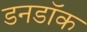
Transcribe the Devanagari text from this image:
डनडॉक